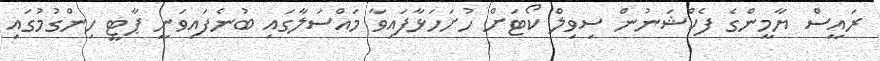
ރައީސް ޔާމީންގެ ފެކްޝަނުން ސިވިލް ކޯޓަށް ހުށަހަޅާފައިވާ މައްސަލާގައި ބުނެފައިވަނީ ޕާޓީ ހިންގުމުގައި